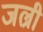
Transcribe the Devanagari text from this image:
जल्री